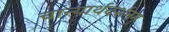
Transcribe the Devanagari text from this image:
चान्यार्थदर्शनम्